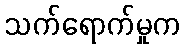
သက်ရောက်မှုက